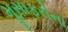
મૂસાફરોના